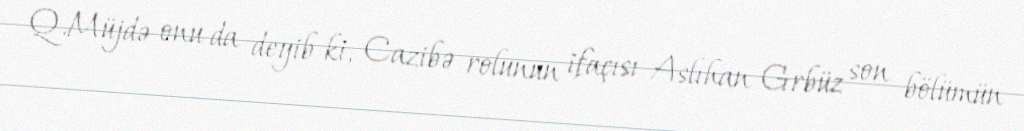
Q.Müjdə onu da deyib ki, Cazibə rolunun ifaçısı Aslıhan Grbüz son bölümün